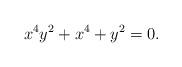
LaTeX: \begin{align*} x^4y^2+x^4+y^2=0.\end{align*}